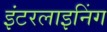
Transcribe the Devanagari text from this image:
इंटरलाइनिंग